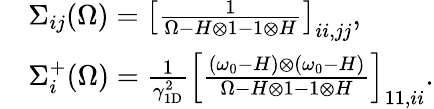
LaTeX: \begin{array}{rl}&{\Sigma_{ij}(\Omega)=\left[\frac 1{\Omega-H\otimes 1-1\otimes H}\right]_{ii,jj},}\\ &{\Sigma_{i}^{+}(\Omega)=\frac{1}{\gamma_{\mathrm{1D}}^{2}}\left[\frac{(\omega_{0}-H)\otimes(\omega_{0}-H)}{\Omega-H\otimes 1-1\otimes H}\right]_{11,ii}.}\end{array}